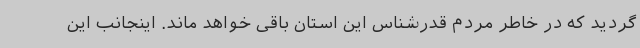
گردید که در خاطر مردم قدرشناس این استان باقی خواهد ماند. اینجانب این